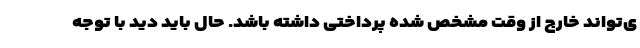
ی‌تواند خارج از وقت مشخص شده پرداختی داشته باشد. حال باید دید با توجه